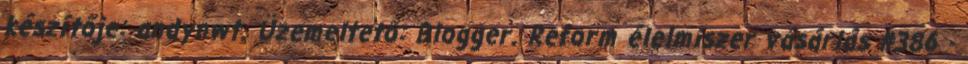
készítője: andynwt. Üzemeltető: Blogger. Reform élelmiszer vásárlás #386 -